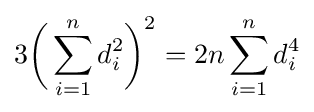
3{\biggl (}\sum _{i=1}^{n}d_{i}^{2}{\biggr )}^{2}=2n\sum _{i=1}^{n}d_{i}^{4}